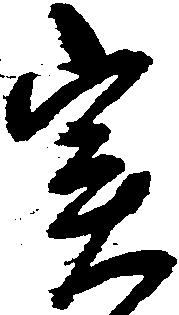
実